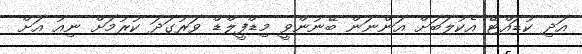
އަދި ކުޑައްޓޭ އެކުލަބަށް އަންނަން ބޭނުންވީ މިޑްފީލްޑް ވަރުގަދަ ކުރުމަށް ނިއު އަށް